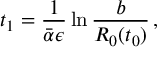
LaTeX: t _ { 1 } = { \frac { 1 } { \bar { \alpha } \epsilon } } \ln { \frac { b } { R _ { 0 } ( t _ { 0 } ) } } \, ,